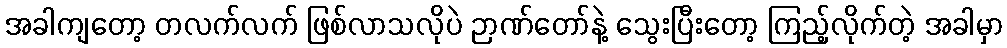
အခါကျတော့ တလက်လက် ဖြစ်လာသလိုပဲ ဉာဏ်တော်နဲ့ သွေးပြီးတော့ ကြည့်လိုက်တဲ့ အခါမှာ